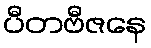
ပီတဗီဇနေ